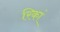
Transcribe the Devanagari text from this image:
रिकां